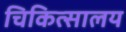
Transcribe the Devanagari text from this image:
चिकित्‍सालय